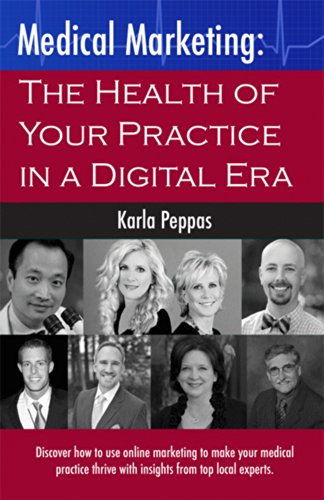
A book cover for Medical Marketing: The Health of Your Practice in a Digital Era; Karla Peppas; Medical Books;